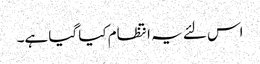
اس لئے یہ انتظام کیا گیا ہے۔